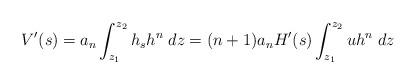
LaTeX: \begin{align*}V'(s)=a_n\int_{z_1}^{z_2}h_s h^n \;dz=(n+1)a_n H'(s)\int_{z_1}^{z_2}uh^n\;dz\end{align*}